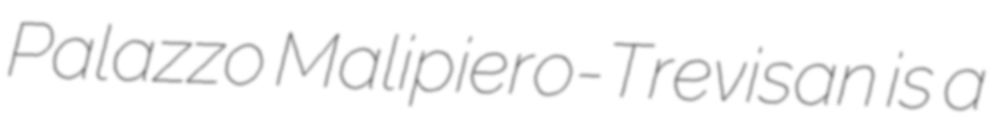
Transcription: Palazzo Malipiero-Trevisan is a